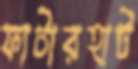
ফাটারহাট